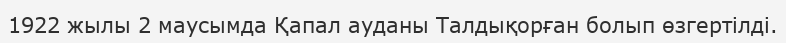
1922 жылы 2 маусымда Қапал ауданы Талдықорған болып өзгертілді.